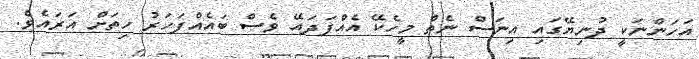
އަހަންނަކީ ދުނިޔޭގައި އިނަސް ނެތް މީހެކޭ އެއްފަދައޭ ވެސް ބައެއްފަހަރު ހިތަށް އަރައެވެ.